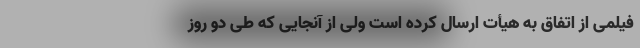
فیلمی از اتفاق به هیأت ارسال کرده است ولی از آنجایی که طی دو روز